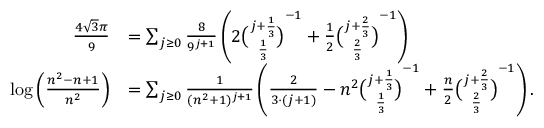
{ \begin{array} { r l } { { \frac { 4 { \sqrt { 3 } } \pi } { 9 } } } & { = \sum _ { j \geq 0 } { \frac { 8 } { 9 ^ { j + 1 } } } \left( 2 { \binom { j + { \frac { 1 } { 3 } } } { \frac { 1 } { 3 } } } ^ { - 1 } + { \frac { 1 } { 2 } } { \binom { j + { \frac { 2 } { 3 } } } { \frac { 2 } { 3 } } } ^ { - 1 } \right) } \\ { \log \left( { \frac { n ^ { 2 } - n + 1 } { n ^ { 2 } } } \right) } & { = \sum _ { j \geq 0 } { \frac { 1 } { ( n ^ { 2 } + 1 ) ^ { j + 1 } } } \left( { \frac { 2 } { 3 \cdot ( j + 1 ) } } - n ^ { 2 } { \binom { j + { \frac { 1 } { 3 } } } { \frac { 1 } { 3 } } } ^ { - 1 } + { \frac { n } { 2 } } { \binom { j + { \frac { 2 } { 3 } } } { \frac { 2 } { 3 } } } ^ { - 1 } \right) . } \end{array} }